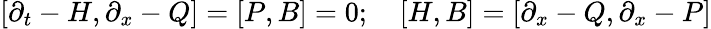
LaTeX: [\partial_{t}-H,\partial_{x}-Q]=[P,B]=0;\quad[H,B]=[\partial_{x}-Q,\partial_{x}-P]